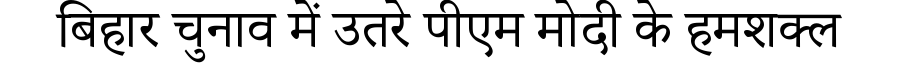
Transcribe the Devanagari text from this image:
बिहार चुनाव में उतरे पीएम मोदी के हमशक्ल